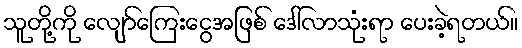
သူတို့ကို လျော်ကြေးငွေအဖြစ် ဒေါ်လာသုံးရာ ပေးခဲ့ရတယ်။